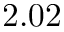
2 . 0 2